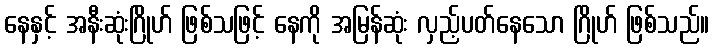
နေနှင့် အနီးဆုံးဂြိုဟ် ဖြစ်သဖြင့် နေကို အမြန်ဆုံး လှည့်ပတ်နေသော ဂြိုဟ် ဖြစ်သည်။